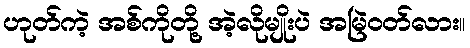
ဟုတ်ကဲ့ အစ်ကိုတို့ အဲ့လိုမျိုးပဲ အမြဲဝတ်လား။